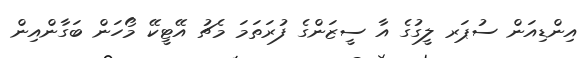
އިންޑިއަން ސުޕަރ ލީގުގެ އާ ސީޒަންގެ ފުރަތަމަ މެޗު އޭޓީކޭ މޯހަން ބަގާންއިން